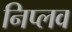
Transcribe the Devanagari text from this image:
निप्लव